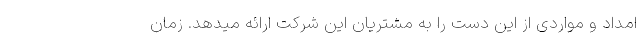
امداد و مواردی از این دست را به مشتریان این شرکت ارائه میدهد. زمان